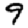
Digit: 9